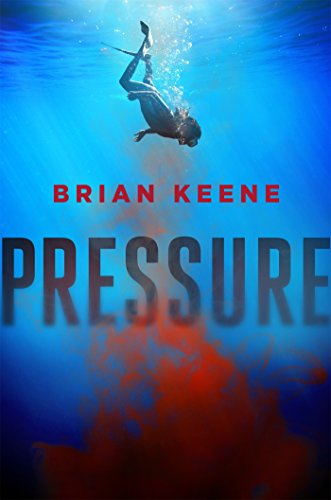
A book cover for Pressure; Brian Keene; Literature & Fiction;